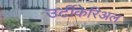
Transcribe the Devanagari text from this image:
उर्टीकेरिअल